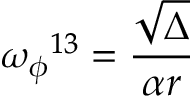
{ \omega _ { \phi } } ^ { 1 3 } = \frac { \sqrt \Delta } { \alpha r } \,